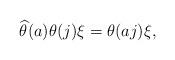
LaTeX: \begin{align*}\widehat{\theta}(a)\theta(j)\xi=\theta(aj)\xi,\end{align*}